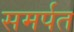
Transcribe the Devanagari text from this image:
समर्पत